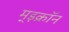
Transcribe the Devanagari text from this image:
म्इक्रॉन